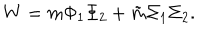
LaTeX: W = m \Phi _ { 1 } \Phi _ { 2 } + \tilde { m } \Sigma _ { 1 } \Sigma _ { 2 } .